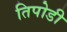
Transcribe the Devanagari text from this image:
तिपोडी